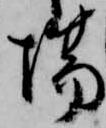
場